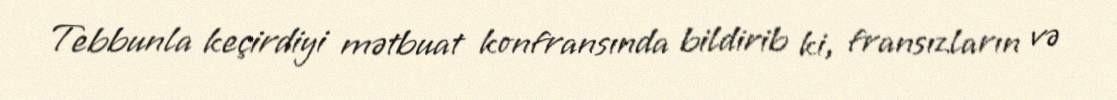
Tebbunla keçirdiyi mətbuat konfransında bildirib ki, fransızların və